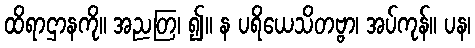
ထိရာဌာနကို။ အညတြ၊ ၍။ န ပရိယေသိတဗ္ဗာ၊ အပ်ကုန်။ ပန၊